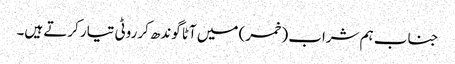
جناب ہم شراب (خمر) میں آٹا گوندھ کرروٹی تیار کرتے ہیں۔